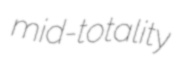
mid-totality